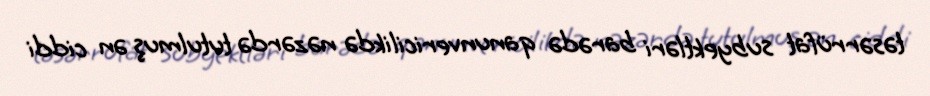
təsərrüfat subyektləri barədə qanunvericilikdə nəzərdə tutulmuş ən ciddi